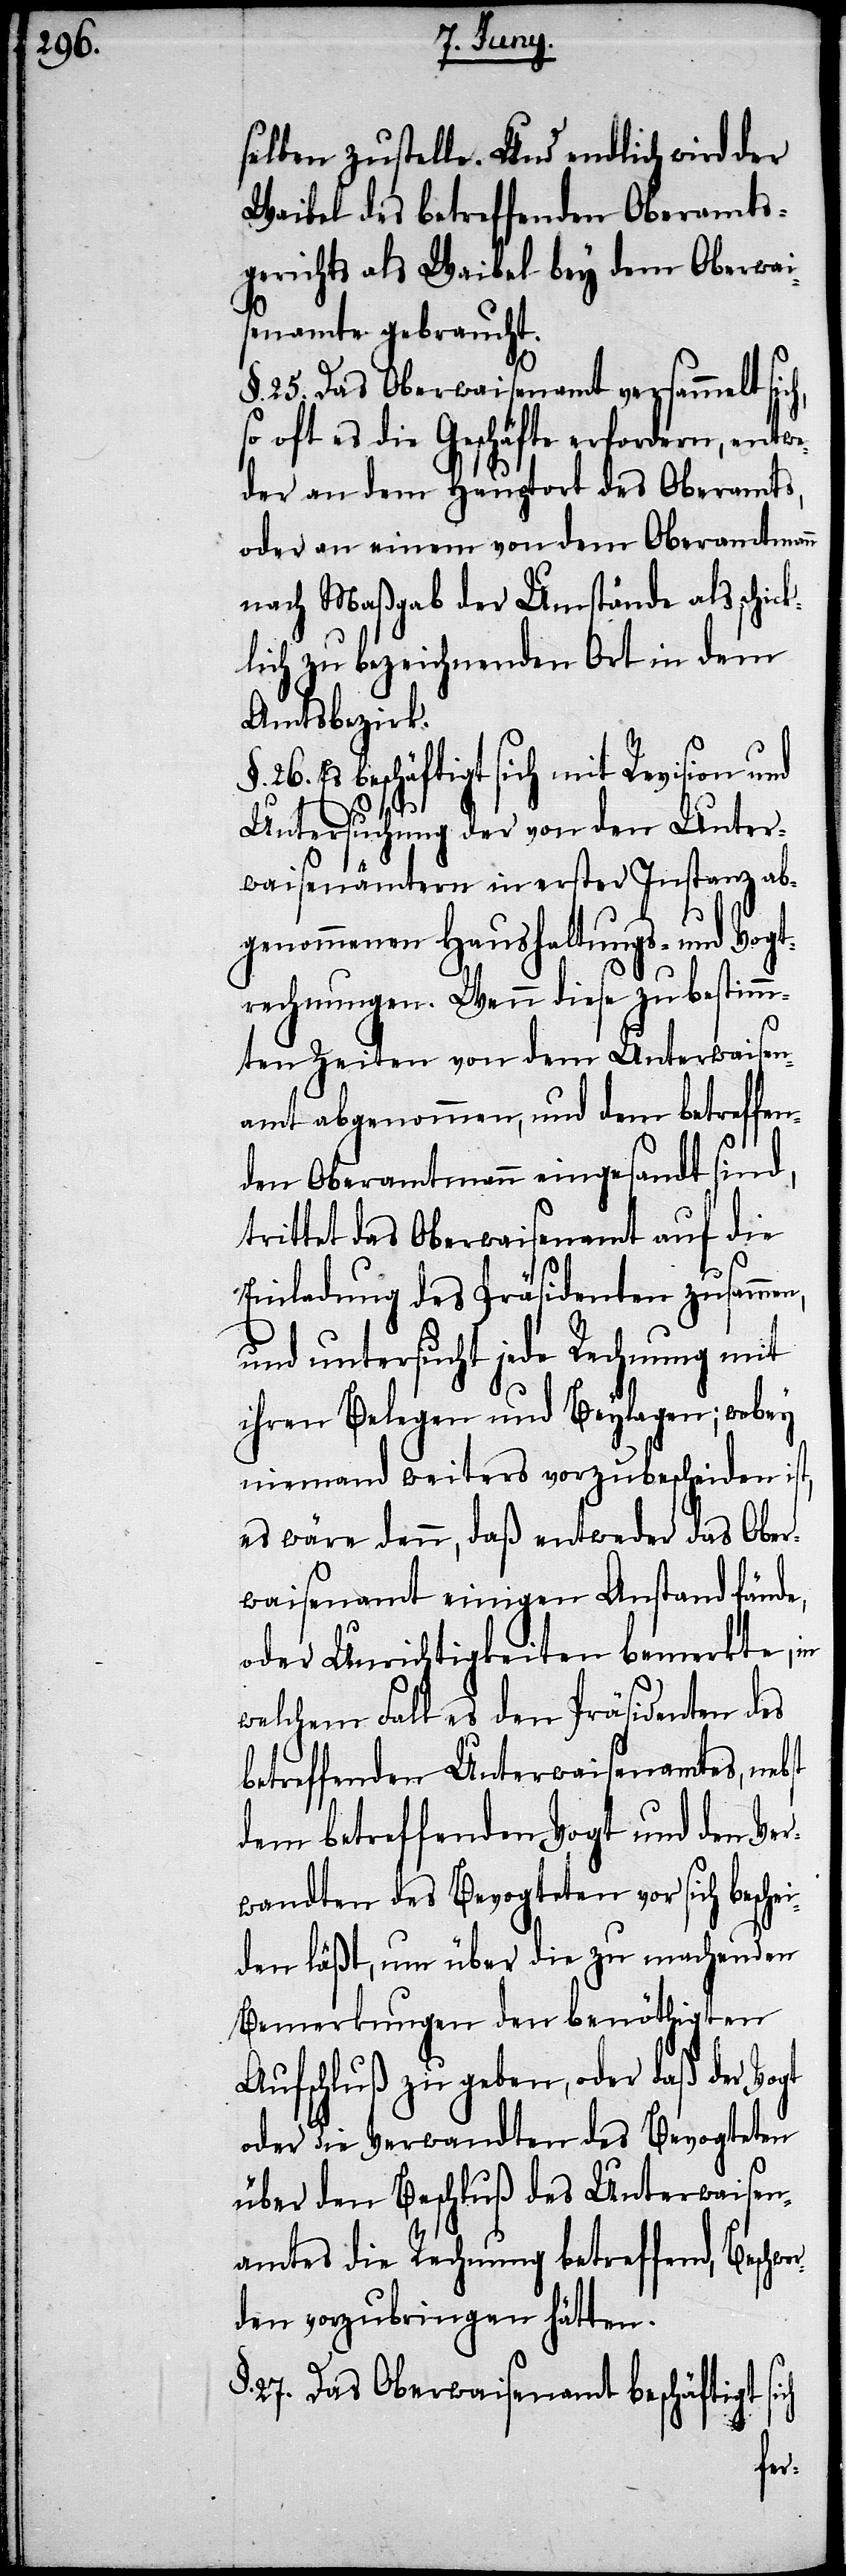
selben zustelle. Und endlich wird der
Waibel des betreffenden Oberamts¬
gerichts als Waibel bey dem Oberwai¬
senamte gebraucht.
§. 25. Das Oberwaisenamt versammelt sic¬
so oft es die Geschäfte erfordern, entwe¬
der an dem Hauptort des Oberamts,
oder an einem von dem Oberamtmann
nach Maßgab der Umstände als schic¬
klich zu bezeichnenden Ort in dem
Amtsbezirk.
26. Es beschäftigt sich mit Revision und
Unterwaisen¬
Untersuchung der von den Unter¬
waisenämtern in erster Instanz ab¬
genommenen Haushaltungs- und Vogt¬
rechnungen. Wenn diese zu bestimm¬
ten Zeiten von dem Unterwaisen¬
amt abgenommen, und dem betreffe¬
nden Oberamtmann eingesandt sind,
trittet das Oberwaisenamt auf die
Einladung des Präsidenten zusamme¬
und untersucht jede Rechnung mit
ihren Belegen und Beylagen; wobey
niemand weiters vorzubescheiden ist,
es wäre denn, daß entweder das Ober¬
waisenamt einigen Anstand fände,
oder Unrichtigkeiten bemerkte, in
welchem Fall es den Präsidenten
des betreffenden Vogt und den Ver¬
wandten des Bevogteten vor sich besche¬
iden läßt, um über die zu machenden
Bemerkungen den benöthigten
amtes die Rechnung betreffend, Besch¬
den vorzubringen hätten.
§.
27. Das Oberwaisenamt beschäftigt
wer¬